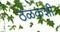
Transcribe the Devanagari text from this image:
ठळकशी